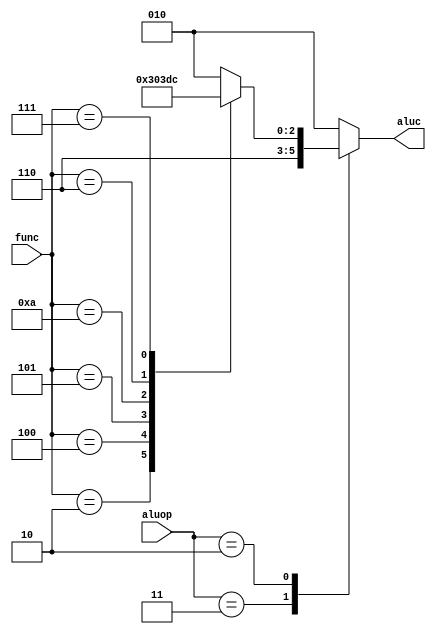
`timescale 1ns / 1ps
//////////////////////////////////////////////////////////////////////////////////
// Company: 
// Engineer: 
// 
// Design Name: 
// Module Name:    single_aluc 
// Project Name: 
// Target Devices: 
// Tool versions: 
// Description: 
//
// Dependencies: 
//
// Revision: 
// Revision 0.01 - File Created
// Additional Comments: 
//
//////////////////////////////////////////////////////////////////////////////////
`define ALUC_CTL_AND		3'b000
`define ALUC_CTL_OR		3'b001
`define ALUC_CTL_ADD		3'b010
`define ALUC_CTL_SUB		3'b110
`define ALUC_CTL_SLT		3'b111

`define ALUC_CTL_NOR 	3'b100
`define ALUC_CTL_XOR	3'b011

`define RTYPE_ADD		4'b0000
`define RTYPE_SUB		4'b0010
`define RTYPE_SLT		4'b1010
`define RTYPE_AND		4'b0100
`define RTYPE_OR		4'b0101
`define RTYPE_XOR		4'b0110
`define RTYPE_NOR		4'b0111
`define RTYPE_ADDU		4'b0001
`define RTYPE_SLTU		4'b1011

module single_aluc(aluop, func, aluc);
    input [1:0] aluop;
    input [5:0] func;
    output [2:0] aluc;
	 reg [2:0] aluc;
	
	 always @(aluop or func) begin
		case (aluop)
			2'b00: aluc = `ALUC_CTL_ADD;
			2'b11: aluc = `ALUC_CTL_SUB;
			2'b10: begin
				case(func)
					`RTYPE_ADD: aluc = `ALUC_CTL_ADD;
					`RTYPE_SUB: aluc = `ALUC_CTL_SUB;
					`RTYPE_AND: aluc = `ALUC_CTL_AND;
					`RTYPE_OR:  aluc = `ALUC_CTL_OR;
					`RTYPE_SLT: aluc = `ALUC_CTL_SLT;
					`RTYPE_XOR: aluc = `ALUC_CTL_XOR;
					`RTYPE_NOR: aluc = `ALUC_CTL_NOR;
					default: aluc = `ALUC_CTL_ADD;
				endcase
			end
		  default: aluc = `ALUC_CTL_ADD;	
		endcase
	end
endmodule